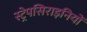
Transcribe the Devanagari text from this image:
स्ट्रेपसिराइनियों